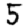
Digit: 5